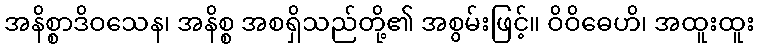
အနိစ္စာဒိဝသေန၊ အနိစ္စ အစရှိသည်တို့၏ အစွမ်းဖြင့်။ ဝိဝိဓေဟိ၊ အထူးထူး